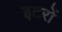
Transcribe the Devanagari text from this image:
इटरों